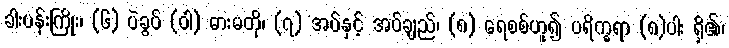
ခါးပန်းကြိုး၊ (၆) ပဲခွပ် (ဝါ) ဓားမတို၊ (၇) အပ်နှင့် အပ်ချည်၊ (၈) ရေစစ်ဟူ၍ ပရိက္ခရာ (၈)ပါး ရှိ၏၊